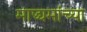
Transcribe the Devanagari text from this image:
माद्ध्यमांच्या